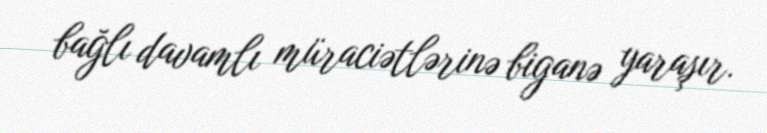
bağlı davamlı müraciətlərinə biganə yaraşır.